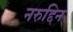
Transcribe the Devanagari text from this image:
नरुद्दिन